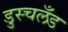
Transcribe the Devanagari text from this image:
डुस्चलँड